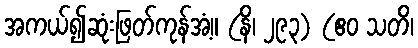
အကယ်၍ဆုံးဖြတ်ကုန်အံ့။ (နိ၊ ၂၉၃) (ဧဝ သတိ၊